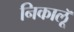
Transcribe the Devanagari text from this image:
निकालूॅ